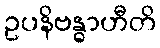
ဥပနိဗန္ဓာဟီတိ